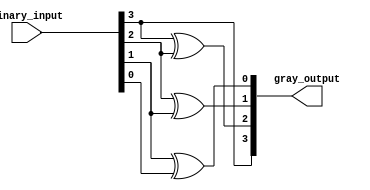
module RelativeEncoder #(parameter n = 4) (
    input  wire [n-1:0] binary_input,  // Binary input
    output wire [n-1:0] gray_output     // Gray code output
);

// Generate Gray code from binary input
assign gray_output[n-1] = binary_input[n-1]; // MSB remains unchanged
genvar i;
generate
    for (i = n-2; i >= 0; i = i - 1) begin : gray_code_logic
        assign gray_output[i] = binary_input[i+1] ^ binary_input[i]; // XOR for Gray code conversion
    end
endgenerate

endmodule